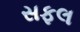
સફલ